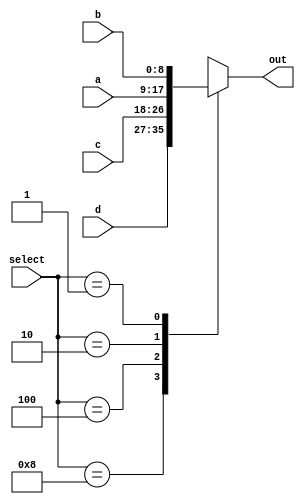
module mux_PCinput(select, a, b, c, d, out);
	//bit width of mux
	parameter k = 9;
	input [3:0] select; // this is a one-hot
	input [k-1:0] a, b, c, d;
	output [k-1:0] out;
	reg [k-1:0] out;
	
	always @(*) begin
		case (select)
			4'b1000: out = d; // selets 3, which is Rd
			4'b0100: out = c; // selects 2, which is PC + 1 + sx(im8)
			4'b0010: out = a; // selects 1, which is 9'b0
			4'b0001: out = b; // selects 0, which is PC + 1 
			default: out = {k{1'bx}};
		endcase
	end
endmodule